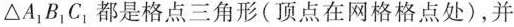
△A_{1}B_{1}C_{1}，都是格点三角形(顶点在网格格点处)，并